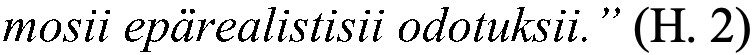
mosii epärealistisii odotuksii.” (H. 2)